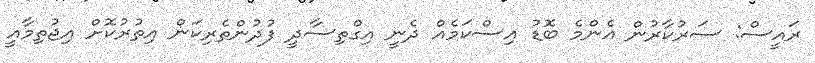
ރައީސް: ސަރުކާރުން އެންމެ ބޮޑު އިސްކަމެއް ދެނީ އިގްތިސާދީ ފުދުންތެރިކަން އިތުރުކޮށް އިޖުތިމާއީ